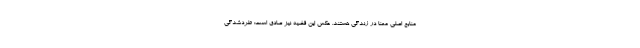
منابع اصلی معنا در زندگی هستند. عکس این قضیه نیز صادق است: طردشدگی